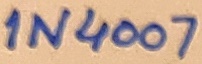
Text: 1N4007